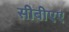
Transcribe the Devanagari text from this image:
सीबीएए